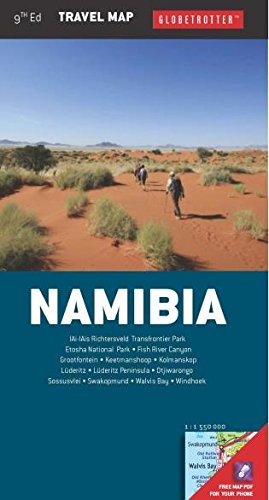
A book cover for Namibia Travel Map (Globetrotter Travel Map); Globetrotter; Travel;